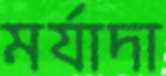
মর্যাদা